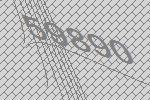
59890